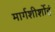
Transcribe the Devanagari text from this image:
मार्गशीर्शोहं